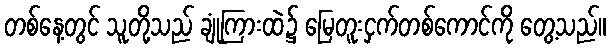
တစ်နေ့တွင် သူတို့သည် ချုံကြားထဲ၌ မြေတူးငှက်တစ်ကောင်ကို တွေ့သည်။